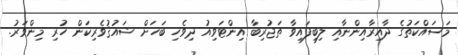
މަސައްކަތުގެ ދާއިރާއިންނާއި ލިބިފައިވާ ތަޖުރިބާ އިންޓަވިއު ދިވެހި ބަހަށް ޝައުޤުވެރިކަން ހުރި މިންވަރު.